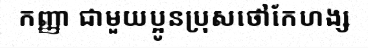
កញ្ញា ជាមួយប្អូនប្រុសថៅកែហង្ស